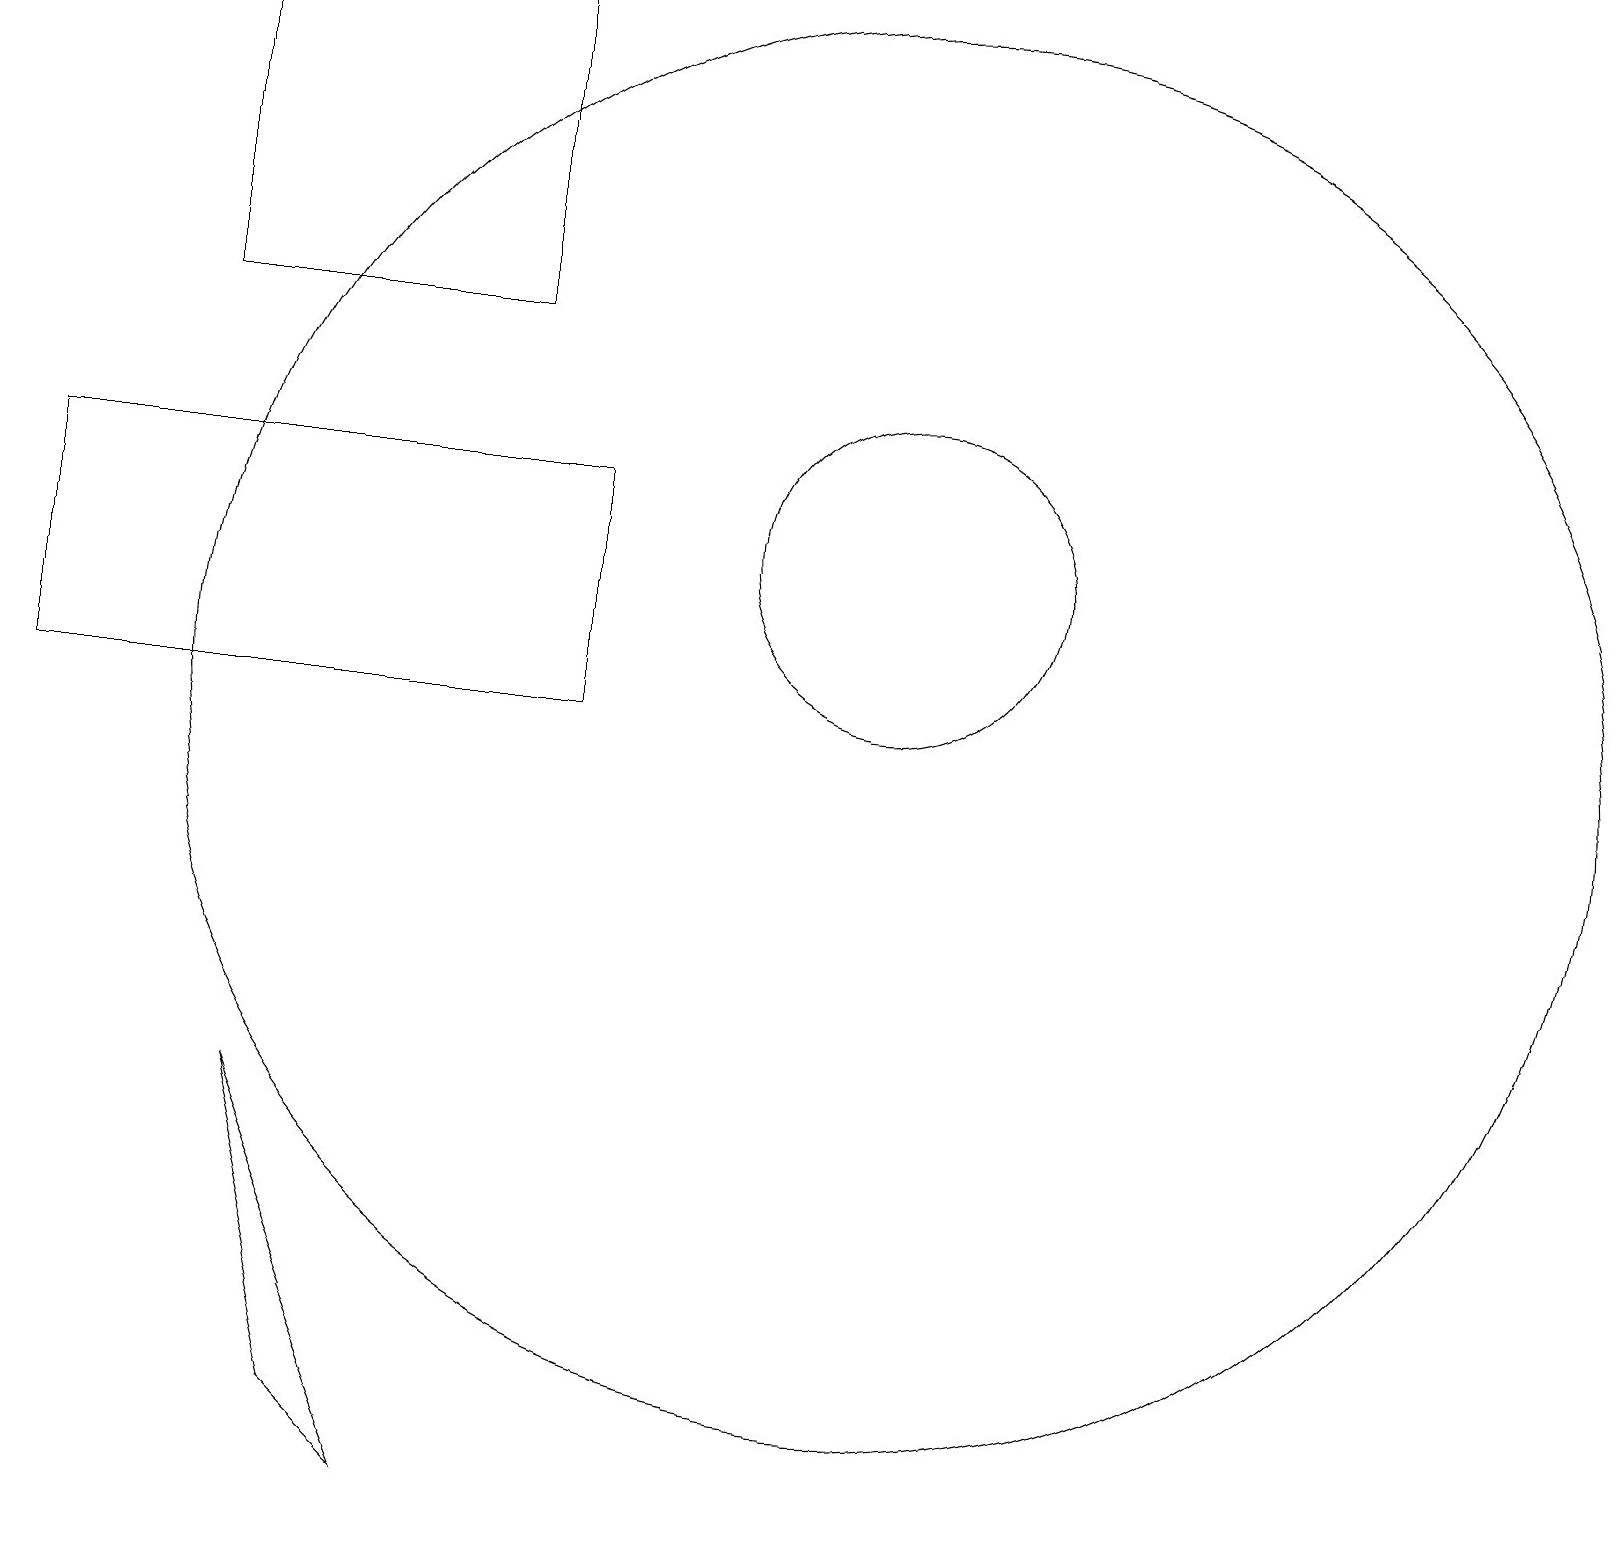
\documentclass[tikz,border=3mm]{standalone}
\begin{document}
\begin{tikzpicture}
\draw (2,19) rectangle (6,15);
\draw (11,12) circle (2);
\draw (5,0) -- (4,1) -- (3,5) -- cycle;
\draw (11,10) circle (9);
\draw (7,10) rectangle (0,13);
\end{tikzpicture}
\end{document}